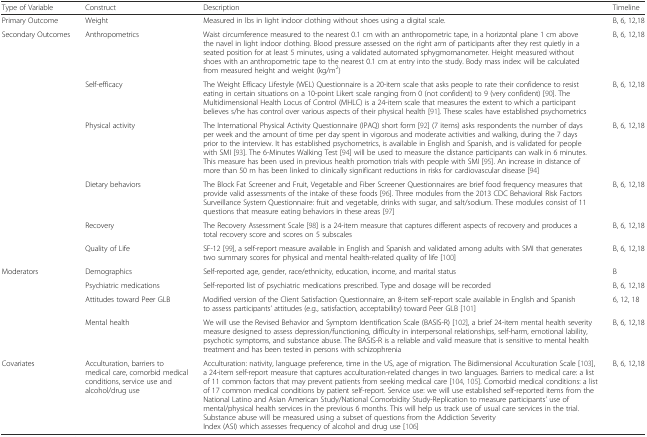
<table><thead><tr><td><b>Type of Variable</b></td><td><b>Construct</b></td><td><b>Description</b></td><td><b>Timeline</b></td></tr></thead><tbody><tr><td>Primary Outcome</td><td>Weight</td><td>Measured in lbs in light indoor clothing without shoes using a digital scale.</td><td>B, 6, 12,18</td></tr><tr><td rowspan="6">Secondary Outcomes</td><td>Anthropometrics</td><td>Waist circumference measured to the nearest 0.1 cm with an anthropometric tape, in a horizontal plane 1 cm above the navel in light indoor clothing. Blood pressure assessed on the right arm of participants after they rest quietly in a seated position for at least 5 minutes, using a validated automated sphygmomanometer. Height measured without shoes with an anthropometric tape to the nearest 0.1 cm at entry into the study. Body mass index: will be calculated from measured height and weight (kg/m<sup>2</sup>)</td><td>B, 6, 12,18</td></tr><tr><td>Self-efficacy</td><td>The Weight Efficacy Lifestyle (WEL) Questionnaire is a 20-item scale that asks people to rate their confidence to resist eating in certain situations on a 10-point Likert scale ranging from 0 (not confident) to 9 (very confident) [90]. The Multidimensional Health Locus of Control (MHLC) is a 24-item scale that measures the extent to which a participant believes s/he has control over various aspects of their physical health [91]. These scales have established psychometrics</td><td>B, 6, 12,18</td></tr><tr><td>Physical activity</td><td>The International Physical Activity Questionnaire (IPAQ) short form [92] (7 items) asks respondents the number of days per week and the amount of time per day spent in vigorous and moderate activities and walking, during the 7 days prior to the interview. It has established psychometrics, is available in English and Spanish, and is validated for people with SMI [93]. The 6-Minutes Walking Test [94] will be used to measure the distance participants can walk in 6 minutes. This measure has been used in previous health promotion trials with people with SMI [95]. An increase in distance of more than 50 m has been linked to clinically significant reductions in risks for cardiovascular disease [94]</td><td>B, 6, 12,18</td></tr><tr><td>Dietary behaviors</td><td>The Block Fat Screener and Fruit, Vegetable and Fiber Screener Questionnaires are brief food frequency measures that provide valid assessments of the intake of these foods [96]. Three modules from the 2013 CDC Behavioral Risk Factors Surveillance System Questionnaire: fruit and vegetable, drinks with sugar, and salt/sodium. These modules consist of 11 questions that measure eating behaviors in these areas [97]</td><td>B, 6, 12,18</td></tr><tr><td>Recovery</td><td>The Recovery Assessment Scale [98] is a 24-item measure that captures different aspects of recovery and produces a total recovery score and scores on 5 subscales</td><td>B, 6, 12,18</td></tr><tr><td>Quality of Life</td><td>SF-12 [99], a self-report measure available in English and Spanish and validated among adults with SMI that generates two summary scores for physical and mental health-related quality of life [100]</td><td>B, 6, 12,18</td></tr><tr><td rowspan="4">Moderators</td><td>Demographics</td><td>Self-reported age, gender, race/ethnicity, education, income, and marital status</td><td>B</td></tr><tr><td>Psychiatric medications</td><td>Self-reported list of psychiatric medications prescribed. Type and dosage will be recorded</td><td>B, 6, 12,18</td></tr><tr><td>Attitudes toward Peer GLB</td><td>Modified version of the Client Satisfaction Questionnaire, an 8-item self-report scale available in English and Spanish to assess participants’ attitudes (e.g., satisfaction, acceptability) toward Peer GLB [101]</td><td>6, 12, 18</td></tr><tr><td>Mental health</td><td>We will use the Revised Behavior and Symptom Identification Scale (BASIS-R) [102], a brief 24-item mental health severity measure designed to assess depression/functioning, difficulty in interpersonal relationships, self-harm, emotional lability, psychotic symptoms, and substance abuse. The BASIS-R is a reliable and valid measure that is sensitive to mental health treatment and has been tested in persons with schizophrenia</td><td>B, 6, 12,18</td></tr><tr><td>Covariates</td><td>Acculturation, barriers to medical care, comorbid medical conditions, service use and alcohol/drug use</td><td>Acculturation: nativity, language preference, time in the US, age of migration. The Bidimensional Acculturation Scale [103], a 24-item self-report measure that captures acculturation-related changes in two languages. Barriers to medical care: a list of 11 common factors that may prevent patients from seeking medical care [104, 105]. Comorbid medical conditions: a list of 17 common medical conditions by patient self-report. Service use: we will use established self-reported items from the National Latino and Asian American Study/National Comorbidity Study-Replication to measure participants’ use of mental/physical health services in the previous 6 months. This will help us track use of usual care services in the trial. Substance abuse will be measured using a subset of questions from the Addiction Severity Index (ASI) which assesses frequency of alcohol and drug use [106]</td><td>B, 6, 12,18</td></tr></tbody></table>